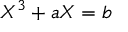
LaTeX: X ^ { 3 } + a X = b